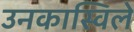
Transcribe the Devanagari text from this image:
उनकास्विले